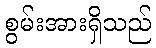
စွမ်းအားရှိသည်